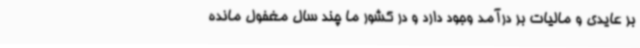
بر عایدی و مالیات بر درآمد وجود دارد و در کشور ما چند سال مغفول مانده